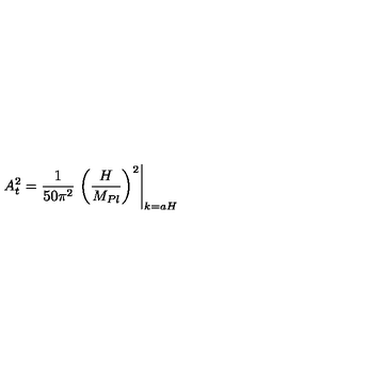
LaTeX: A _ { \sc t } ^ { 2 } = { \frac { 1 } { 5 0 \pi ^ { 2 } } } \left. \left( { \frac { H } { M _ { P l } } } \right) ^ { 2 } \right| _ { k = a H } \,